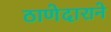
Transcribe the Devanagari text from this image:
ठाणेदाराने